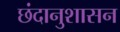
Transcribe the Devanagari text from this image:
छंदानुशासन